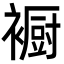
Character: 𮖳